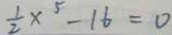
\frac { 1 } { 2 } x ^ { 5 } - 1 6 = 0